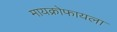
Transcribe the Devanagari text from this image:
मायक्रोफायला